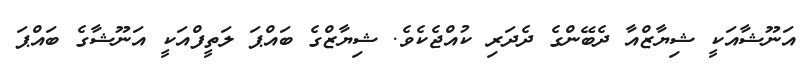
އަނޫޝާއަކީ ޝިޔާޒްއާ ދެބޭންގެ ދެދަރި ކުއްޖެކެވެ. ޝިޔާޒްގެ ބައްޕަ ލަތީފްއަކީ އަނޫޝާގެ ބައްޕަ